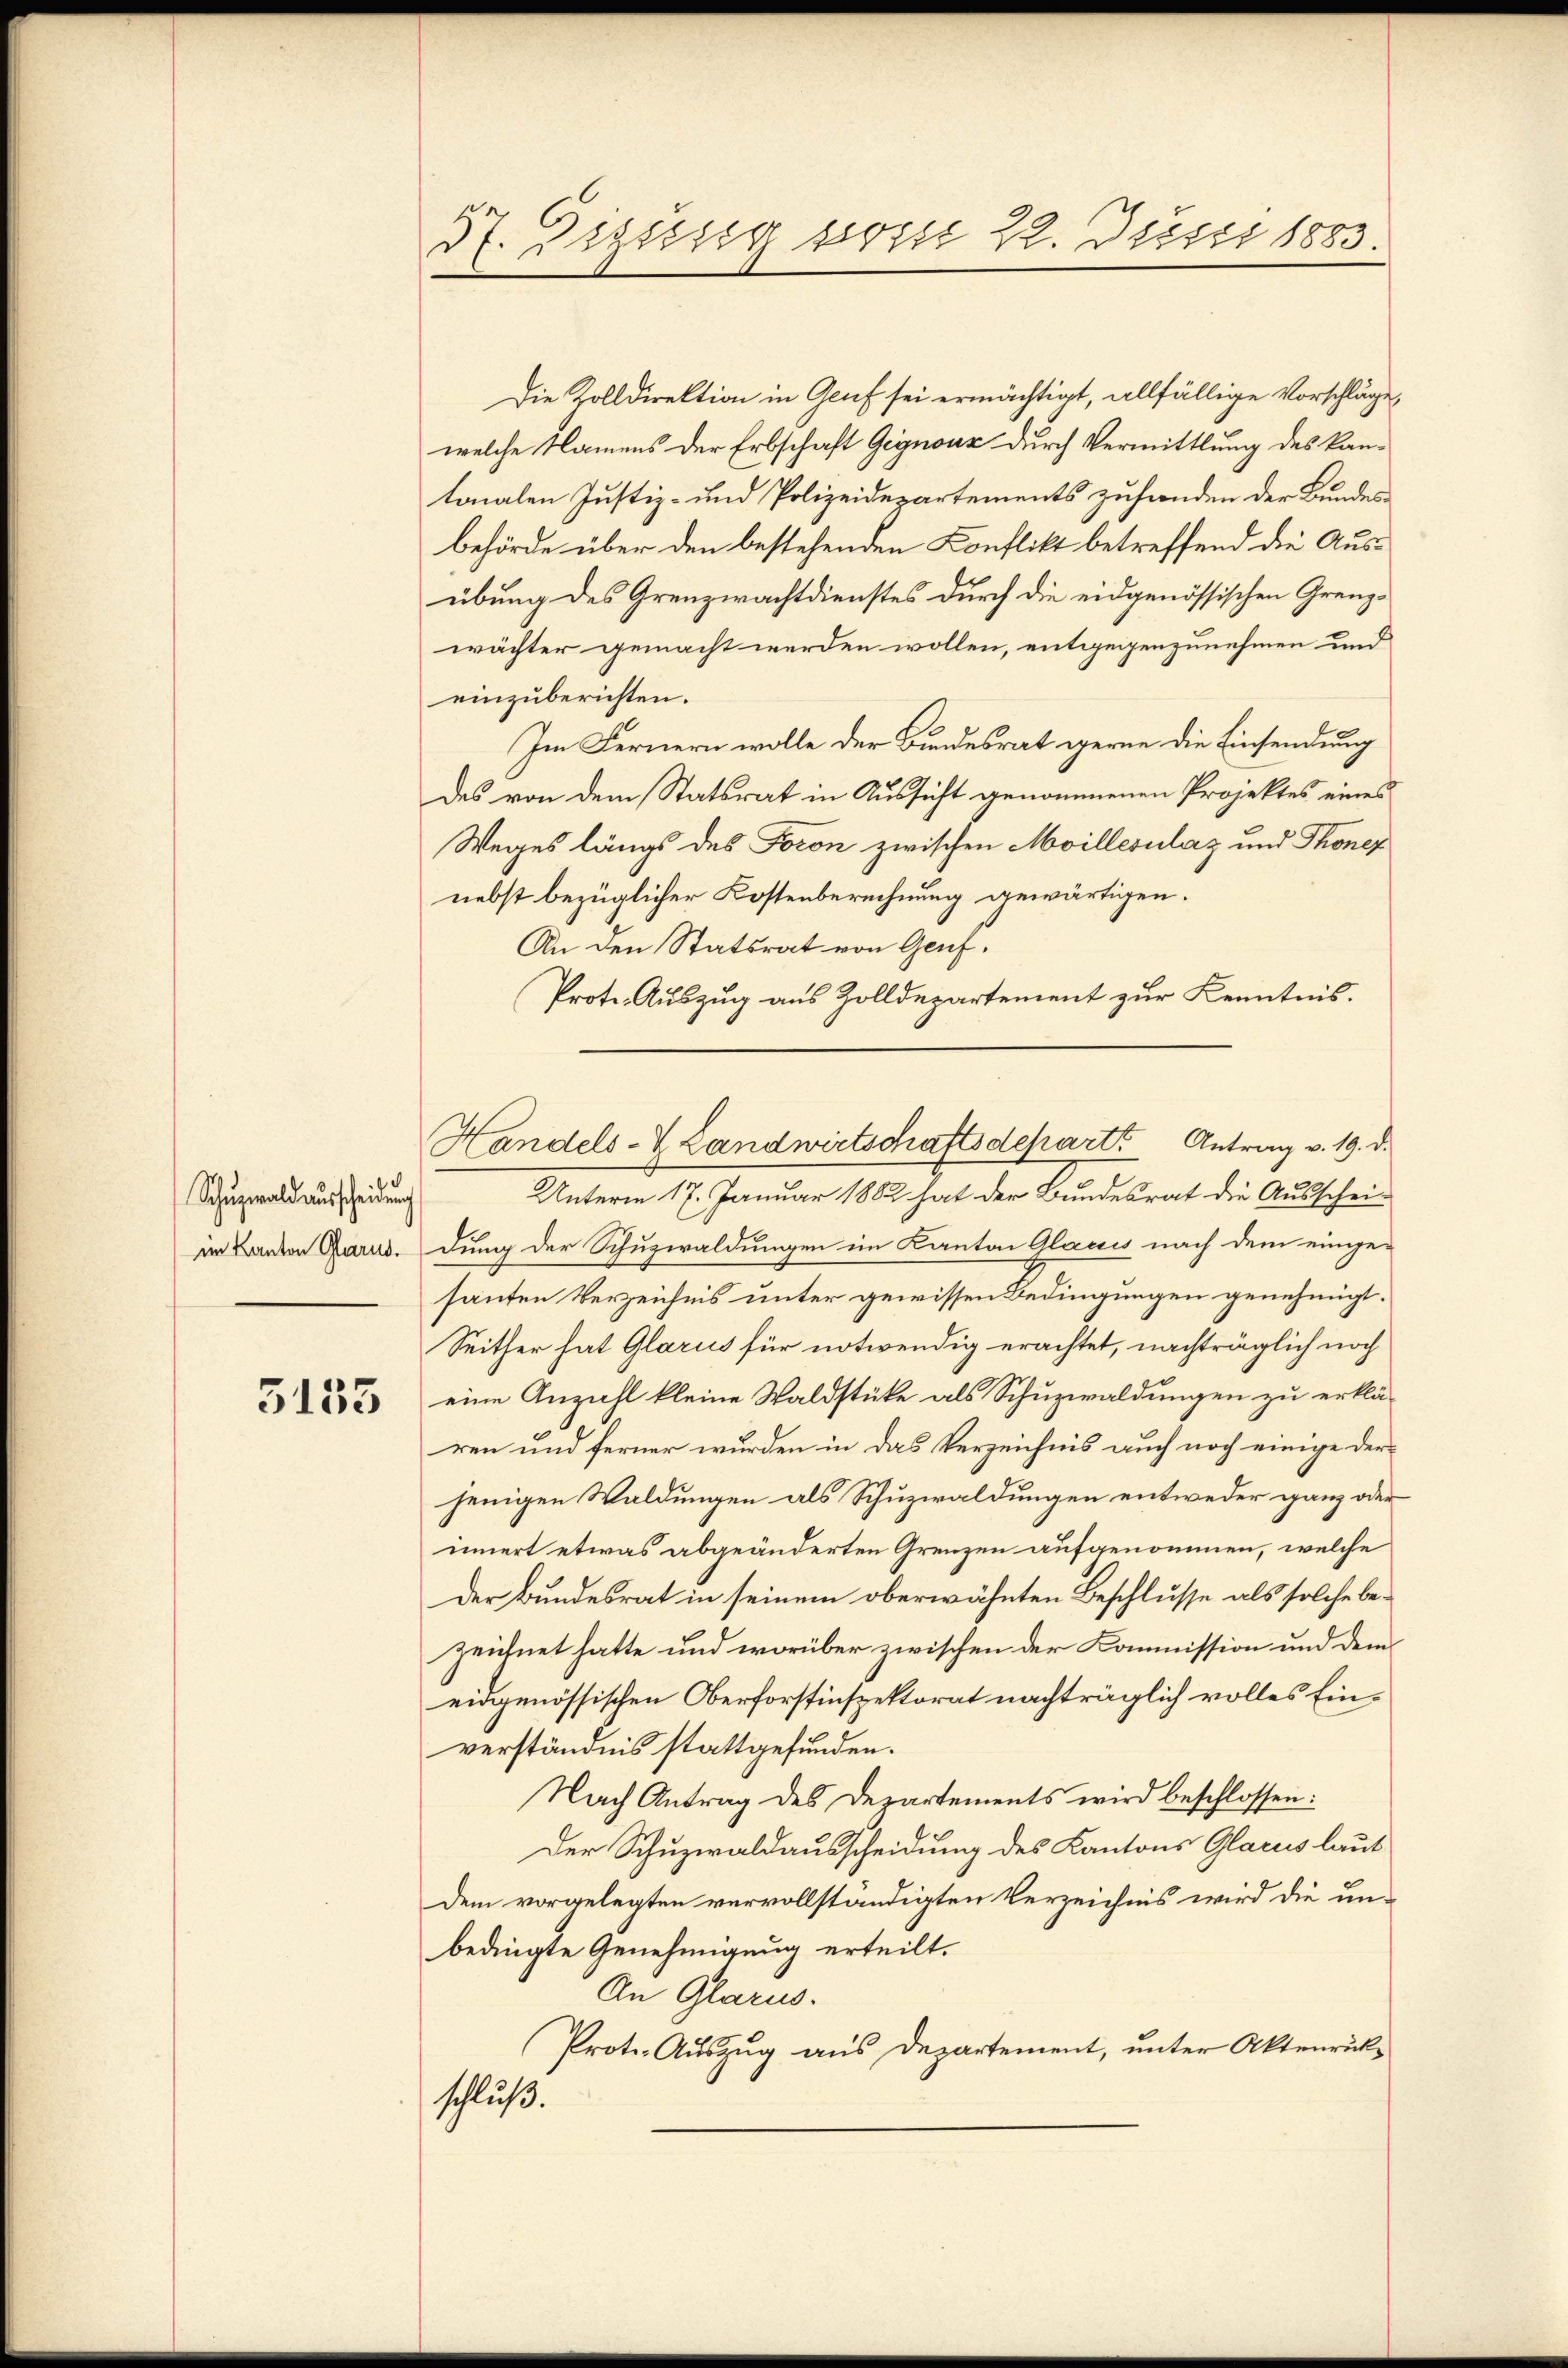
Schuzwald ausscheiden

5135

37. Dezung vom 22. Justi 1883.

Die Zolldirektion in Genf sei ermächtigt, allfällige Vorschlägewelche Namens der Erbschaft Gegnouz durch Vermittlung des kantonalen Justiz- und Polizeidepartements zuhanden der Bundesbehörde über den bestehenden Konflikt betreffend die Ausübung des Grenzwachtdienstes durch die eidgenössischen Grenzwächter gemacht werden wollen, entgegenzunehmen und
einzuberichten.
Im Fernern wolle der Bundesrat gerne die Einsendung
des von dem Statsrat in Aussicht genommenen Projektes eines
Weges längs des Foron zwischen Moillesilaz und Thoner
nebst bezüglicher Kostenberechnung gewärtigen.
An den Statsrat von Genf.
Prote.- Auszug aus Zolldepartement zur Kenntnis.
Unterm 17. Januar 1882 hat der Bundesrat die Ausschei-
im Kanton Glarus, dung der Schuzwaldungen im Kanton Glarus nach dem einige-
santen Verzeichnis unter gewissen Bedingungen genehmigt.
Seither hat Glarus für notwendig erachtet, nachträglich noch
eine Anzahl kleine Waldstücke als Schuzwaldungen zu erklä-
ren und ferner wurden in das Verzeichnis auch noch einige der
jenigen Waldungen als Schuzwaldungen entweder ganz oder
innert etwas abgeänderten Grenzen aufgenommen, welche
Der Bundesrat in seinem oberwähnten Beschlusse als solche bezeichnet hatte und worüber zwischen der Kommission und dem
eidgenössischen Oberforstinspektorat nachträglich volles Einverständnis stattgefunden.
Nach Antrag des Departements wird beschlossen:
Der Schuzwaldausscheidung des Kantons Glarus laut
Dem vorgelegten vervollständigten Verzeichnis wird die unbedingte Genehmigung erteilt.
An Glarus.
Prote-Auszug aus Departement, unter Aktenrückschluß.

Handels- & Landwirtschaftsdeparts Antrag v. 19. d.